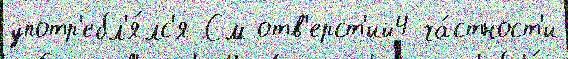
употр'ебл'я́лс'я См отв'ерст'ий4 ча́стност'и